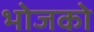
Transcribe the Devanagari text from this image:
भोजको